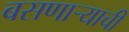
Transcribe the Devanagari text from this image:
बसणाऱ्याची